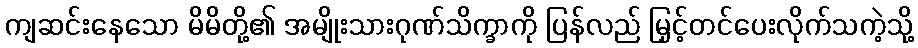
ကျဆင်းနေသော မိမိတို့၏ အမျိုးသားဂုဏ်သိက္ခာကို ပြန်လည် မြှင့်တင်ပေးလိုက်သကဲ့သို့